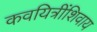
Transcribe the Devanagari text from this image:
कवयित्रींशिवाय